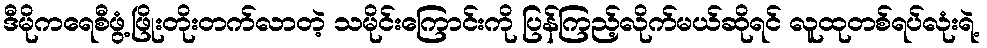
ဒီမိုကရေစီဖွံ့ဖြိုးတိုးတက်လာတဲ့ သမိုင်းကြောင်းကို ပြန်ကြည့်လိုက်မယ်ဆိုရင် လူထုတစ်ရပ်လုံးရဲ့